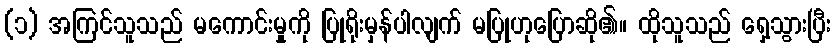
(၁) အကြင်သူသည် မကောင်းမှုကို ပြုရိုးမှန်ပါလျက် မပြုဟုပြောဆို၏။ ထိုသူသည် ရှေ့သွားပြီး